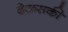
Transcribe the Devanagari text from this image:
देऊसकी